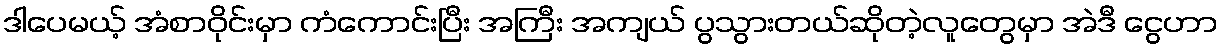
ဒါပေမယ့် အံစာဝိုင်းမှာ ကံကောင်းပြီး အကြီး အကျယ် ပွသွားတယ်ဆိုတဲ့လူတွေမှာ အဲဒီ ငွေဟာ